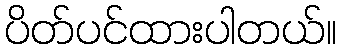
ပိတ်ပင်ထားပါတယ်။